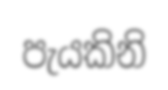
පැයකිනි